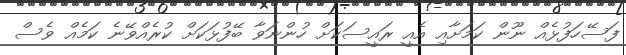
ފަސޭހަފުޅެއް ނޫން ކަމަށާއި އެއީ ރައީސަކަށް ހުންނަވާ ބޭފުޅަކަށް ކުރެއްވޭނެ ކަމެއް ވެސް